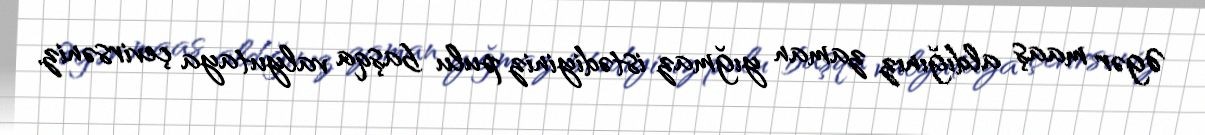
Əgər maaş aldığınız zaman yığmaz istədiyiniz pulu başqa valyutaya çevirsəniz,